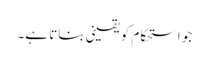
جو استحکام کو یقینی بناتا ہے۔